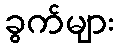
ခွက်များ